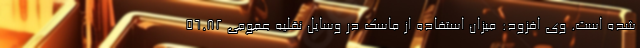
شده است. وی افزود: میزان استفاده از ماسک در وسایل نقلیه عمومی ۵۶.۸۲